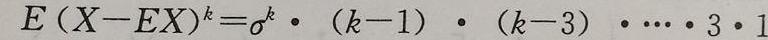
$E(X - EX)^k=\sigma^k\cdot(k - 1)\cdot(k - 3)\cdot\cdots\cdot3\cdot1$